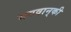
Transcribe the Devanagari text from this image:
भगवान्‌की